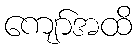
ကျော်အထိ